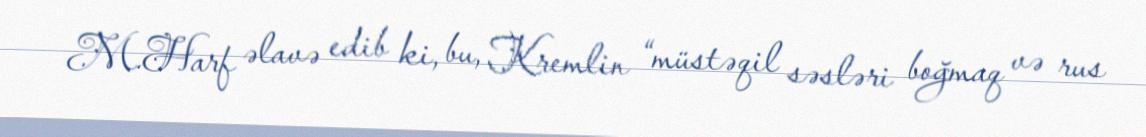
M.Harf əlavə edib ki, bu, Kremlin “müstəqil səsləri boğmaq və rus